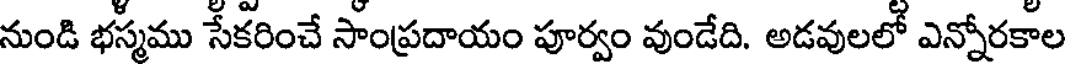
నుండి భస్మము సేకరించే సాంప్రదాయం పూర్వం వుండేది. అడవులలో ఎన్నోరకాల